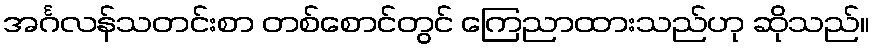
အင်္ဂလန်သတင်းစာ တစ်စောင်တွင် ကြေညာထားသည်ဟု ဆိုသည်။